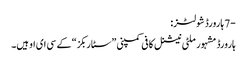
-7 ہارورڈ شولٹز:
ہارورڈ مشہور ملٹی نیشنل کافی کمپنی ”سٹاربکز“ کے سی ای او ہیں۔